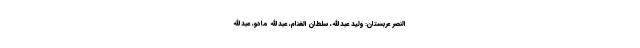
النصر عربستان: ولید عبدالله، سلطان الغنام، عبدالله مادو، عبدالله